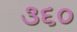
૩૬૦